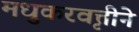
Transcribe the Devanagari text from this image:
मधुकरवृत्तीने